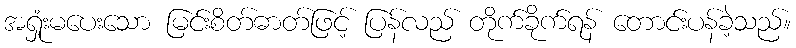
အရှုံးမပေးသော မြင်းစိတ်ဓာတ်ဖြင့် ပြန်လည် တိုက်ခိုက်ရန် တောင်းပန်ခဲ့သည်။